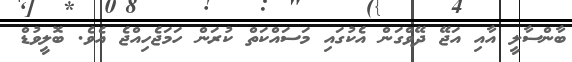
ބާންސާލީ އާއި އަޖޭ ދޭވްގަން އެކުގައި މަސައްކަތް ކުރަން ހަމަޖެހިއްޖެ އެވެ. ބޮލީވުޑް